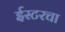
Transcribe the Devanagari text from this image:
ईस्टरचा